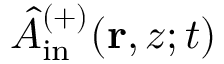
\hat { A } _ { \mathrm { i n } } ^ { ( + ) } ( \mathbf { r } , z ; t )